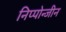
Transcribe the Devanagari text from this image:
निप्पोन्जीन